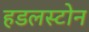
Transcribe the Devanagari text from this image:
हडलस्टोन